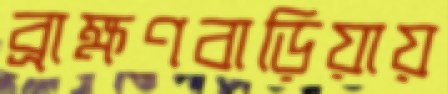
ব্রাক্ষণবাড়িয়ায়